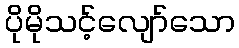
ပိုမိုသင့်လျော်သော